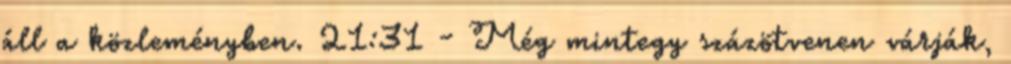
áll a közleményben. 21:31 - Még mintegy százötvenen várják,